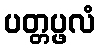
ပတ္တပ္ဖလံ